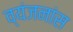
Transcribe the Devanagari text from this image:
व्यंजनांस